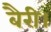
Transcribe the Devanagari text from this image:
बैरी।